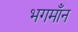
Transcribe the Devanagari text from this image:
भगमाँन